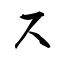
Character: ス